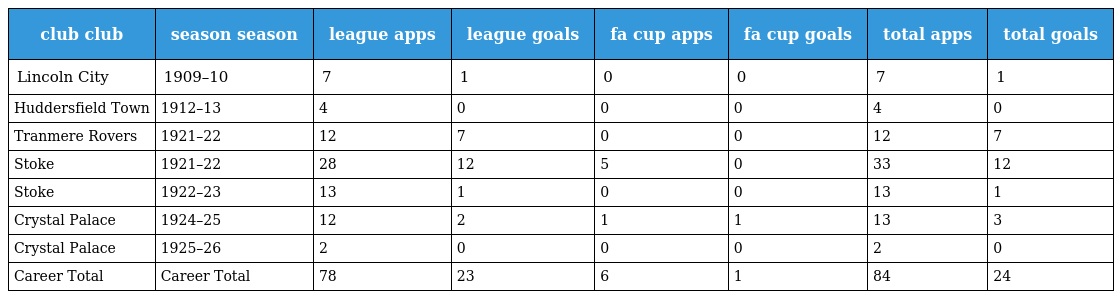
| club club | season season | league apps | league goals | fa cup apps | fa cup goals | total apps | total goals |
 | --- | --- | --- | --- | --- | --- | --- | --- |
 | Lincoln City | 1909–10 | 7 | 1 | 0 | 0 | 7 | 1 |
 | Huddersfield Town | 1912–13 | 4 | 0 | 0 | 0 | 4 | 0 |
 | Tranmere Rovers | 1921–22 | 12 | 7 | 0 | 0 | 12 | 7 |
 | Stoke | 1921–22 | 28 | 12 | 5 | 0 | 33 | 12 |
 | Stoke | 1922–23 | 13 | 1 | 0 | 0 | 13 | 1 |
 | Crystal Palace | 1924–25 | 12 | 2 | 1 | 1 | 13 | 3 |
 | Crystal Palace | 1925–26 | 2 | 0 | 0 | 0 | 2 | 0 |
 | Career Total | Career Total | 78 | 23 | 6 | 1 | 84 | 24 |